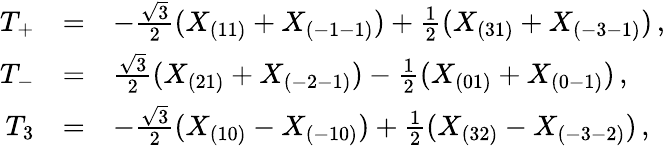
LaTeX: \begin{array}{rcl}{{T_{+}}}&{{=}}&{{-{\frac{\sqrt 3}{2}}(X_{(11)}+X_{(-1-1)})+{\frac{1}{2}}(X_{(31)}+X_{(-3-1)})\, ,}}\\ {{T_{-}}}&{{=}}&{{{\frac{\sqrt 3}{2}}(X_{(21)}+X_{(-2-1)})-{\frac{1}{2}}(X_{(01)}+X_{(0-1)})\, ,}}\\ {{T_{3}}}&{{=}}&{{-{\frac{\sqrt{3}}{2}}(X_{(10)}-X_{(-10)})+{\frac{1}{2}}(X_{(32)}-X_{(-3-2)})\, ,}}\end{array}